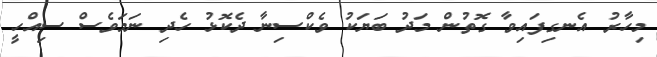
މިހާރު އެނގިފައިވާ ގޮތުން މަދު ބަޔަކު ވެކްސިނާ ދެކޮޅު ހެދި ނަމަވެސް ސިއްހީ